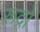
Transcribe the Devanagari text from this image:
रूद्रो